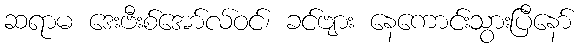
ဆရာမ ဒေးဗီးစ်အော်လ်ဝင်၊ ခင်ဗျား နေကောင်းသွားပြီနော်